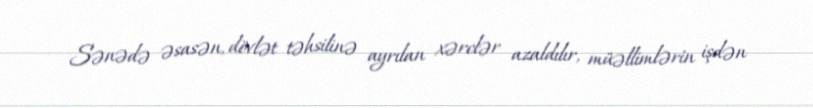
Sənədə əsasən, dövlət təhsilinə ayrılan xərclər azaldılır, müəllimlərin işdən